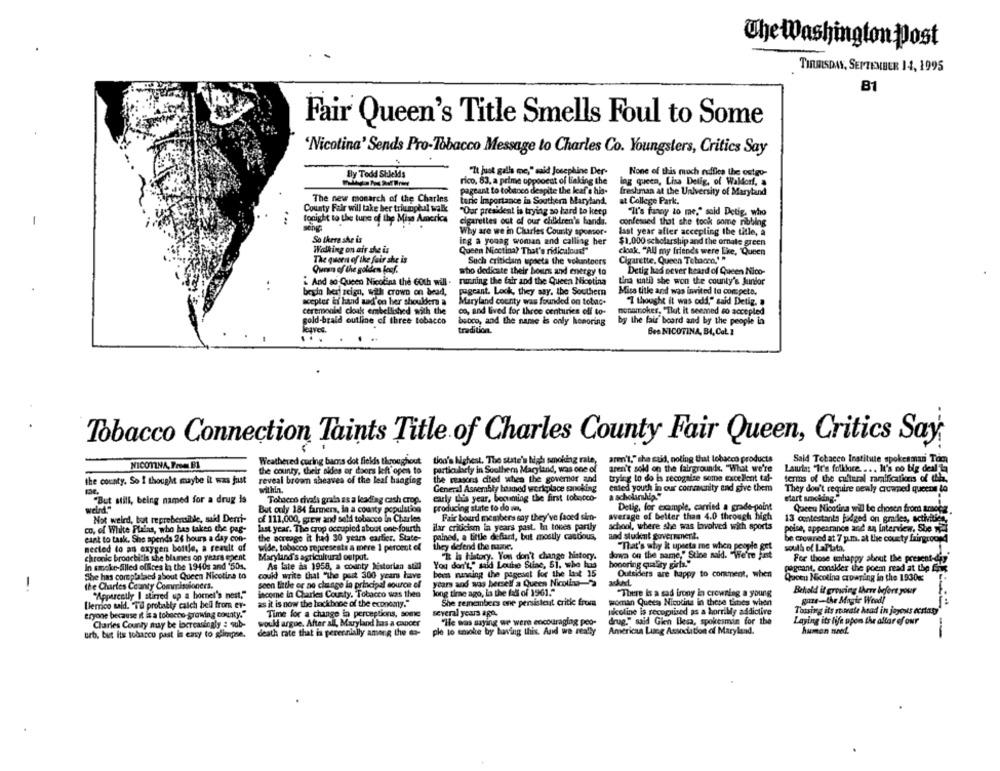
The Washington post
TIRAISDAY, SEPTEMBER 14, 1995
B1
Fair Queen's Title Smells Foul to Some
'Nicotina' Sends Pro-Tobacco Message to Charles Co. Youngsters, Critics Say
By Todd Stleld's
"It just galla me," said Josephine Der-
None of this much rudfies the ostgo-
rico, 83. a prime opponent of linking the
lag queen, Lisa Delig, of Waldorf,
pageant to tobacco despite the leaf's his-
freshman at the University of Maryland
The new monarch of the Charles
teric Importance in Southern Maryland.
at College Park.
County Fair will take her triumphal walk
"Our president is trying so hard to keep
"It's funny to me," said Detig, who
tonight to the tune of the Miss America
cigarettes out of our children's bandi.
confessed that she took some ribbing
Why are we in Charles County sponsor.
last year after accepting the title, a
So there she is
icg a young woman and calling her
$1,000 scholarship and the ornate green
Walking on air she is
Queen Nicotina? That's ridicaloud!"
cloak, "All my friends were Live, "Queen
The queen of the fair she is
Such criticam upsets the volunteers
Cigarette, Queen Tebons,' "
Queen of the golden leaf,
who dedicate their bours and energy 10
Detig had never heard of Queen Nico-
And so Queen Nicolina the Goth will . runing the fair and the Queen Nicotina
Lina until she won the county's Jundor
beyin her reign, with crown on bead,
pageant. Look, they say, the Southern
Miss title and was invited to compete,
scepter ti hand sad'on her shoulders a
Maryland county was founded on tobac-
"7 thought it was odd," said Detig,
ceremonial cloak embellished with the
co, and lived for three centuries off to-
nonamokes, "But it seemed so accepted
gold-braid outline of three tobacco
bsoco, and the name is only honoring
by the fair board and by the people in
tradition.
Bes NICOTINA, BA, CaL 1
Tobacco Connection Taints Title of Charles County Fair Queen, Critics Say
Weathered coring baoss dot fickis throughout
tion's highest, The state's high smoking rate,
aren't," she said, noting that tobacco products
Said Tobacco Institute spokesman Tom
NICOTINA, From B1
the county, their aides or doors left'open to
particularly in Southern Magland, was one of
aren't soll on the fairgrounds. "What we're
Lauts: "It's folklore. ... It's no big deal la
the reasons cited when the governor and
trying to do is recogaine some excellent tal-
terms of the cultural ramifications of this.
the county. So I thought maybe it was just
reveal broom sheaves of the leaf hanging
within
General Assembly hned workplace smoking
ented youth in our community and give them
They don't require newly crowned queent to
"But still, being named for a drug is
Tobacco rivals grala as a leading cash crop.
early this year, bocuming the first tobycco-
a scholinship"
etart smoking."
velrd."
But only 184 farmers, in a county population
producing state to do un,
Delig, for example, carried a grade-point
Queeu Nicotina will be chosen from amota
Fair board members say they've faced sien-
average of better than 4.0 through high
Not weird, but reprehensible, said Derri-
of 112,000, grew and sold tobacco In Charles
13 contestants judged on gradles, activities
co, of White Plains, who has taken the pag-
last year. The crup occupied about one-fourth
ilar criticism in years past. In tones partly
school, where she was involved with sports
polse, appearance and an Interview, She
eant to task. She apends 24 hours a day con-
the acreage it had 30 years earlier. State-
palned, a tittle defiant, but mostly cautious,
and student government.
be crowned at 7 p.m. at the county fairground
nected to an oxygen bottle, a reault of
wide, tobacco represents a mere 1 percent of
they defend the name.
"That's why it upseta me when people get
south of LaPlata,
"It is history. You don't change history.
dowa on the name," Stioe said. "We're Ent
chronic bronchitis she blames op years spent
Maryland's agricultural output.
honoring quality girls."
For those unhappy about the present-day
in smoke-filled offices in the 1940s and '50s.
As fate as 1958, a county historian still
You don't," said Louthe Silac, 51. who has
pageant, conalder the poem nead at the En
She has complalaed about Queen Nicotina to
could write that "the part 300 years have
ben nanning the pageant for the last 15
Outsiders are happy to comment, when
Green Nicotina crowning in the 1930g:
-.
the Charles County Commissioners.
seen little or no change in principal source of
years and was herself a Queen Nicoliu-
income in Charles County, Tobacco was then
long time ago, la the fall of 1961."
"There Is a sad irony in crowning a young
Behold it growing there before your
"Apparently I stirred up a hornet's nest."
She remembers one persisteut critle from
woman Quees Nicotina in these times when
guze-the Morte Weed!
[lemco said. "Til probably calch bell from er-
as it is now the backbone of the economy."
Tossing its strate head in joyous ecstasy
eryone because it is a tobecho-growing county."
Time for a change in perceptions, some
several years ago.
nicoline is recognized as a horribly addictive
Charles County muy be locreasingly : qub-
would argue. After all, Maryland has a cancer
"He was saying we were encouraging peo-
drug," said Gien Blesa, spokesman for the
Laying its life upon the altar of our
death rate that in perennially among the 6-
ple to smoke by having this And we really
American Lung Association of Maryland.
--
urb. but Its tobacco past is easy to glimpse.